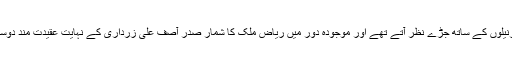
پہلے وہ ملکی جرنیلوں کے ساتھ جُڑے نظر آتے تھے اور موجودہ دور میں ریاض ملک کا شمار صدر آصف علی زرداری کے نہایت عقیدت مند دوستوں میں ہوتا ہے۔